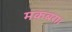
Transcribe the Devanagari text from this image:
मक़बरा।